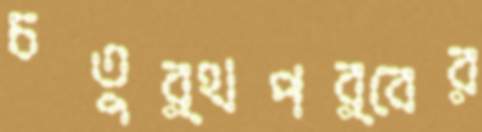
চতুর্থপর্বের